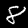
Label: 8